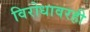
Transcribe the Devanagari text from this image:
विरोधावरही